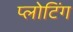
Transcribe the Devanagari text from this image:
प्लोटिंग